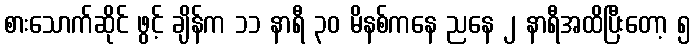
စားသောက်ဆိုင် ဖွင့် ချိန်က ၁၁ နာရီ ၃၀ မိနစ်ကနေ ညနေ ၂ နာရီအထိပြီးတော့ ၅